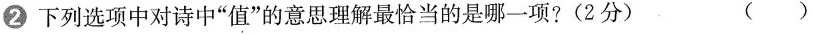
②下列选项中对诗中”值”的意思理解最恰当的是哪一项?(2分) ( )